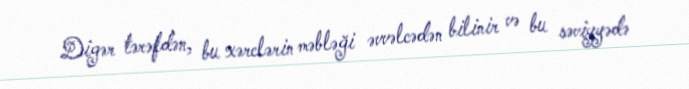
Digər tərəfdən, bu xərclərin məbləği əvvəlcədən bilinir və bu səviyyədə